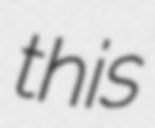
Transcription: this